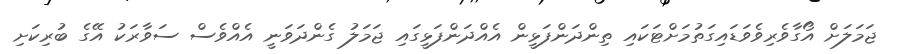
ޖަމަލަށް އޯގާވެރިވެވަޑައިގަތުމަށްޓަކައި ތިންދަންފަޅީން އެއްދަންފަޅީގައި ޖަމަލު ގެންދަވަނީ އެއްވެސް ސަވާރަކު އޭގެ ބުރިކަށި